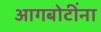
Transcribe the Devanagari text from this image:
आगबोटींना